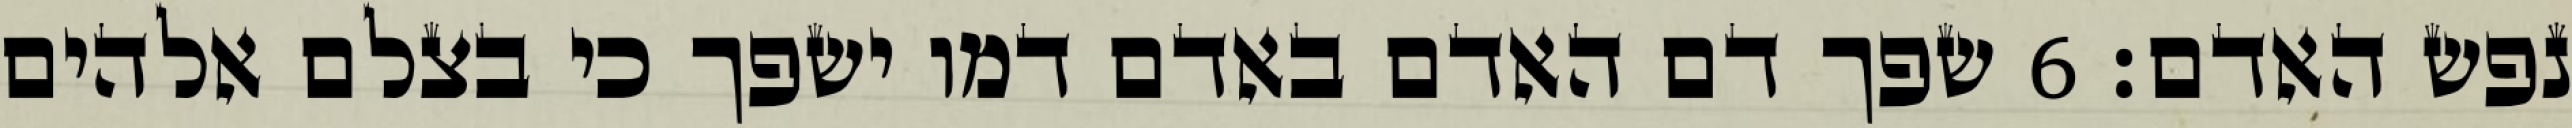
נפש האדם׃ ‎6‏ שפך דם האדם באדם דמו ישפך כי בצלם אלהים